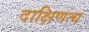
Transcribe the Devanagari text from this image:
दाक्षिणत्य